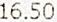
16.50